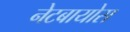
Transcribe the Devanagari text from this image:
नेटबायोस